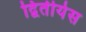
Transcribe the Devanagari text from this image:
द्वितीयेस